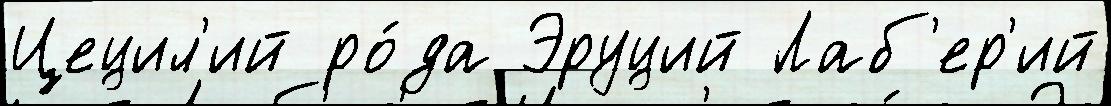
Цецил'ий ро́да Эруций Лаб'ер'ий